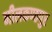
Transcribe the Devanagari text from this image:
नीलकण्ठपुर